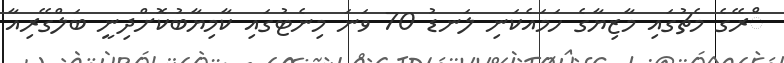
ްރޭގެ މެޗުގައި މާޒިޔާގެ ހަމައެކަނި ލަނޑު 70 ވަނަ މިނެޓުގައި ކާމިޔާބުކޮށްދިނީ ބަލްގޭރިއާ